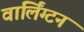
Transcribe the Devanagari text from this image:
वार्लिंग्टन